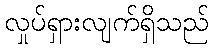
လှုပ်ရှားလျက်ရှိသည်